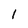
Character: l